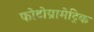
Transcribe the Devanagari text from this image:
फोटोग्रामेट्रिक